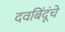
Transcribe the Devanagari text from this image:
दवबिंदूंचे